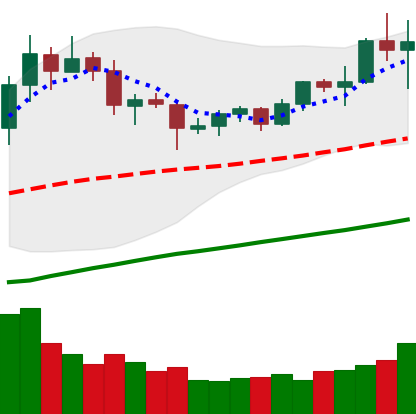
Ticker: TRX-USD
Chart end date: 2020-07-27
Forward return: 9.268%
Label: up_7plus